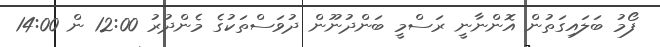
ފޯމު ބަލައިގަތުން އޮންނާނީ ރަސްމީ ބަންދުނޫން ދުވަސްތަކުގެ މެންދުރު 12:00 ން 14:00